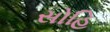
સોહિ